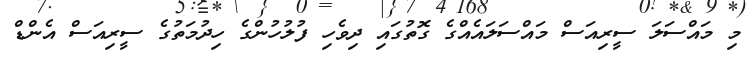
މި މައްސަލަ ސީރިއަސް މައްސަލައެއްގެ ގޮތުގައި ދިވެހި ފުލުހުންގެ ހިދުމަތުގެ ސީރިއަސް އެންޑް